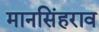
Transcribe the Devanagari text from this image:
मानसिंहराव